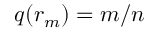
q ( r _ { m } ) = m / n